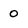
Character: 0